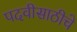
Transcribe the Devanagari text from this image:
पदवीसाठीचे